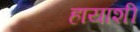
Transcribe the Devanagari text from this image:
हायाशी